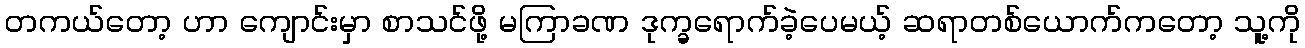
တကယ်တော့ ဟာ ကျောင်းမှာ စာသင်ဖို့ မကြာခဏ ဒုက္ခရောက်ခဲ့ပေမယ့် ဆရာတစ်ယောက်ကတော့ သူ့ကို